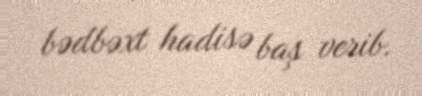
bədbəxt hadisə baş verib.